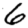
Digit: 6